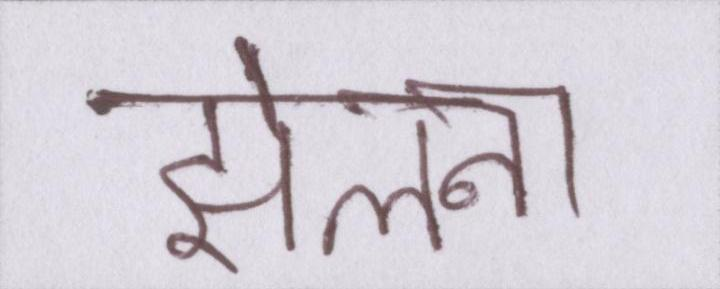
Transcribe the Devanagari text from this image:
झेलना